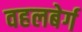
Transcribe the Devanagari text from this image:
वहलबेर्ग